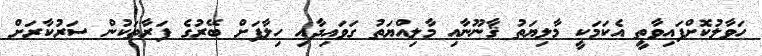
ހަވާލުކޮށްފައިވާތީ އެކަމަކީ މާލިޔަތު ޤާނޫނާއި މާލިއްޔަތު ގަވައިދާއި ހިލާފަށް ބޭރުގެ ފަރާތަކުން ސަރުކާރަށް